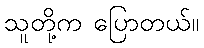
သူတို့က ပြောတယ်။